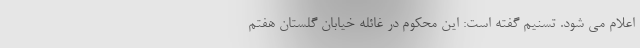
اعلام می شود. تسنيم گفته است: این محکوم در غائله خیابان گلستان هفتم